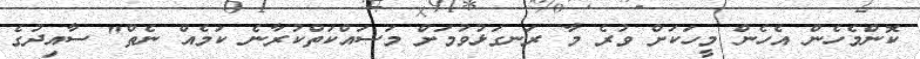
ކޮންމެހެން އެހެން މީހަކަށް ވުރެ މާ ރަނގަޅުވުމަށް މަސައްކަތްކުރާނެ ކަމެއް ނެތް" ސާއިދުގެ